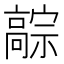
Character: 𬴚